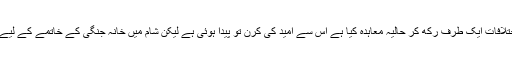
قیدیوں کے تبادلے کے لیے جس طرح روایتی حریفوں نے اپنے اختلافات ایک طرف رکھ کر حالیہ معاہدہ کیا ہے اس سے امید کی کرن تو پیدا ہوئی ہے لیکن شام میں خانہ جنگی کے خاتمے کے لیے اعلیٰ سطح پر مثبت رویے اور موقف میں لچک کی ضرورت ہے۔